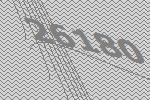
26180